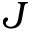
J